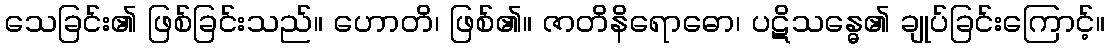
သေခြင်း၏ ဖြစ်ခြင်းသည်။ ဟောတိ၊ ဖြစ်၏။ ဇာတိနိရောဓော၊ ပဋိသန္ဓေ၏ ချုပ်ခြင်းကြောင့်။